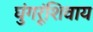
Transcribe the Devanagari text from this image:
घुंगरूंशिवाय